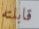
قابلته